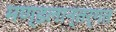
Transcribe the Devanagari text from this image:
मण्डलान्तर्गत